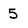
Character: 5